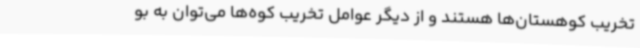
تخریب کوهستان‌ها هستند و از دیگر عوامل تخریب کوه‌ها می‌توان به بو